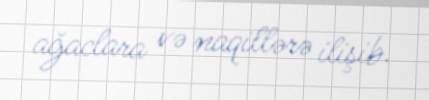
ağaclara və naqillərə ilişib.